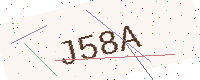
Text: J58A